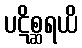
ပဋိစ္ဆရယိ